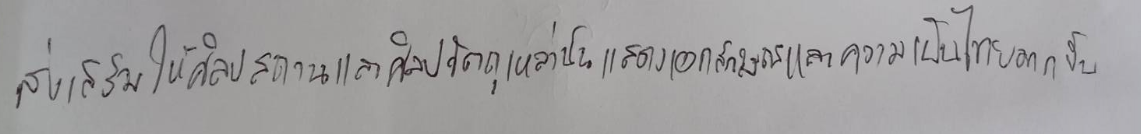
ส่งเสริมให้ศิลปสถานและศิลปวัตถุเหล่านั้นแสดงเอกลักษณ์และความเป็นไทยมากขึ้น